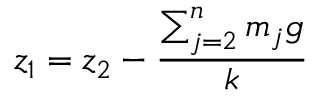
z _ { 1 } = z _ { 2 } - \frac { \sum _ { j = 2 } ^ { n } m _ { j } g } { k }